Vaccine operations Central Provinces 1900-1911 - 1900-1911
Year: 1900
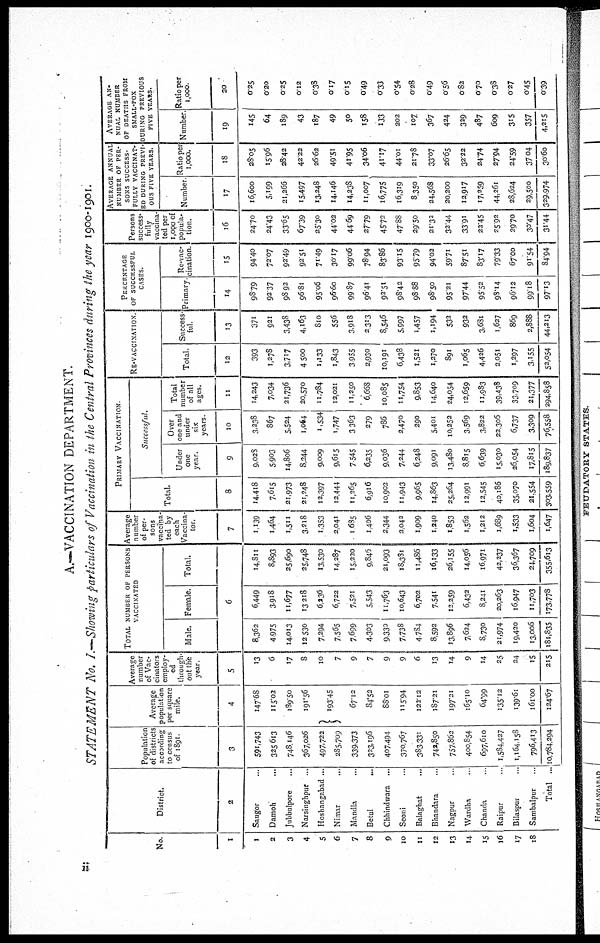
A.—VACCINATION DEPARTMENT.
STATEMENT No. I.—Showing particulars of Vaccination in the Central Provinces during the year 1900-1901.
No.
1
1
2
3
4
5
6
7
8
9
10
11
12
13
14
15
16
17
18
District.
2
Saugor...
Damoh
...
Jubbulpore...
Narsinghpur...
Hoshangabad...
Nimar...
Mandla...
Betul...
Chhindwara...
Seoni...
Balaghat...
Bhandara...
Nagpur...
Wardha..
Chanda...
Raipur...
Bilaspur...
Sambalpur...
Total ...
Population
of districts
according
to census
of 1891
3
591,743
325,613
748,146
367,026
497,722
285,709
339,373
323,196
407,494
370,767
383,331
742,850
757,862
400,854
607,610
1,584,427
1,164,158
796,413
10,784,294
Average
population
per square
mile.
4
I47.68
115.02
189.50
191.56
193.45
67.12
84.52
88.01
115.94
122.12
187.21
197.21
165.10
64.99
135.12
139.61
161.00
124.67
Average
number
of Vac-
cinators
employ-
ed
through-
out the
year
5
13
6
17
8
10
7
9
7
9
9
6
13
14
9
14
25
24
15
215
TOTAL NUMBER OF PERSONS
VACCINATED
Male. Female. Total.
6
8,362
4,975
14,013
12,530
7,294
7,565
7,699
4,303
9,330
7,738
4,784
8,592
13,896
7,624
8,730
21,974
19,420
13,006
181,835
6,449
3,918
11,677
13,218
6,236
6,722
7,521
5,543
11,763
10,643
6,702
7,541
12,259
6,432
8,241
20,263
16,947
11,703
173,778
14,811
8,893
25,690
25,748
13,530
14,287
15,220
9,846
21,093
18,381
11,486
16,133
26,155
14,056
16,971
42,237
36,367
24,709
355,613
Average
number
of per-
sons
vaccina-
ted by
each
Vaccina-
tor.
7
1,139
1,464
1,511
3,218
1,353
2,041
1,635
1,406
2,344
2,042
1,909
1,240
1,853
1,562
1,212
1,689
1,533
1,604
1,647
PRIMARY VACCINATION.
Successful.
Total.
8
14,418
7,615
21,973
21,248
12,397
12,444
11,265
6,916
10,902
11,943
9,965
14,863
25,264
12,991
12,545
40,186
35,070
21,554
303,559
Under
one
year.
9
9,028
5,903
14,806
8,244
9,009
9,615
7,545
6,235
9,036
7,244
6,248
9,091
13,480
8,815
6,639
15,030
26,054
17,815
189,837
Over
one and
under
six
years.
10
3,238
867
5,524
1,064
1,534
1,747
3,363
279
786
2,470
290
5,401
10,252
3,569
3,822
22,306
6,737
3,309
76,558
Total
number
of all
ages.
11
14,243
7,034
21,736
20,570
11,784
12,021
11,250
6,668
10,085
11,754
9,853
14,640
24,054
12,659
11,983
39,438
33,709
21,377
294,858
RE-VACCINATION.
Total.
12
393
1,278
3,717
4,500
1,133
1,843
3,955
2,930
10,191
6,438
1,521
1,270
891
1,065
4,426
2,051
1,297
3,155
52,054
Success-
ful.
13
371
921
3,438
4,163
810
556
3,918
2,313
8,546
5,997
1,457
1,194
532
932
3,631
1,627
869
2,888
44,213
PERCENTAGE
OF SUCCESSFUL
CASES.
Primary
14
98.79
92.37
98.92
96.81
95.06
96.60
99.87
96.41
92.51
98.42
98.88
98.50
95.21
97.44
95.52
93.14
96.12
99.18
97.13
Re-vac-
cination.
15
94.40
72.07
92.49
92.51
71.49
30.17
99.06
78.94
83.86
93.15
95.79
94.02
59.71
87.51
83.17
79.33
67.00
91.54
84.94
Persons
success-
fully
vaccina-
ted per
1,000 of
popula-
tion.
16
24.70
24.43
33.65
67.39
25.30
44.02
44.69
27.79
45.72
47.88
29.50
21.32
32.44
33.91
22.45
25.92
29.70
30.47
31.44
AVERAGE ANNUAL
NUMBER OF PER-
---- SUCCESS-
FULLY VACCINAT-
-- DURING PREVI-
--- FIVE YEARS.
Number
17
16,600
5,199
21,266
15,497
13,248
14,146
14,238
11,007
16,775
16,319
8,350
24,568
20,200
12,917
17,259
44,261
28,624
29,500
329,974
Ratio per
1,000.
18
28.05
15.96
28.42
42.22
26.62
49.51
41.95
34.06
41.17
44.01
21.78
33.07
26.65
32.22
24.74
27.94
24.59
37.04
30.60
AVERSGE AN-
---- NUMBER
OF DEATHS FROM
SMALL-POX
DURING PREVIOUS
FIVE YEARS.
Number.
19
145
64
189
43
187
49
50
158
133
202
107
367
424
329
487
609
315
357
4,215
Ratio per
1,000
20
0.25
0.20
0.25
0.12
0.38
0.17
0.15
0.49
0.33
0.54
0.28
0.49
0.56
0.82
0.70
0.38
0.27
0.45
0.39
ii